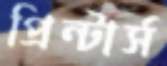
প্রিন্টার্স